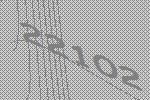
22102